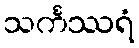
သင်္ကဿရံ